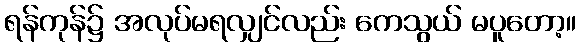
ရန်ကုန်၌ အလုပ်မရလျှင်လည်း ကေသွယ် မပူတော့။